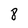
Character: 8